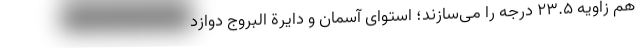
هم زاویه ۲۳.۵ درجه را می‌سازند؛ استوای آسمان و دایرة البروج دوازد